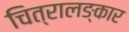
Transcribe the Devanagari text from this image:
चित्रालङ्कार